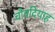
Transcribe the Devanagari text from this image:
चौवदियाह